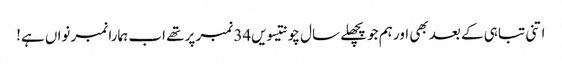
اتنی تباہی کے بعد بھی اور ہم جو پچھلے سال چونتیسویں34 نمبر پر تھے اب ہمارا نمبر نواں ہے!